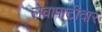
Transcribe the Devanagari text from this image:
लेवापाटीदार